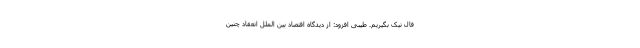
فال نیک بگیریم. طیبی افزود: از دیدگاه اقتصاد بین الملل انعقاد چنین